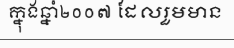
ក្នុងឆ្នាំ២០០៧ ដែលរួមមាន